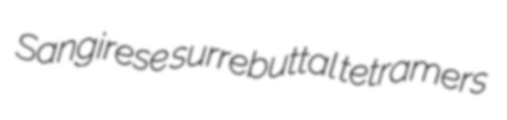
Sangirese surrebuttal tetramers